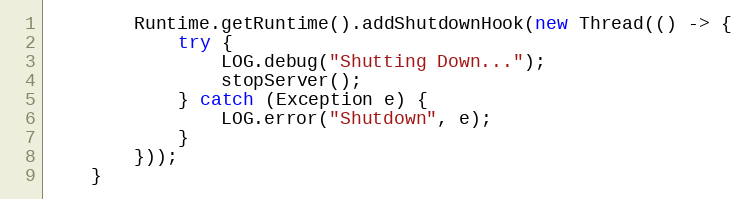
Language: Java
        Runtime.getRuntime().addShutdownHook(new Thread(() -> {
            try {
                LOG.debug("Shutting Down...");
                stopServer();
            } catch (Exception e) {
                LOG.error("Shutdown", e);
            }
        }));
    }